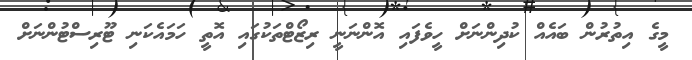
މީގެ އިތުރުން ބައެއް ކުދިންނަށް ހީވެފައި އޮންނަނީ ރިޒޯޓްތަކުގައި އޮތީ ހަމައެކަނި ޓޫރިސްޓުންނަށް